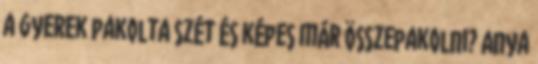
a gyerek pakolta szét és képes már összepakolni? Anya